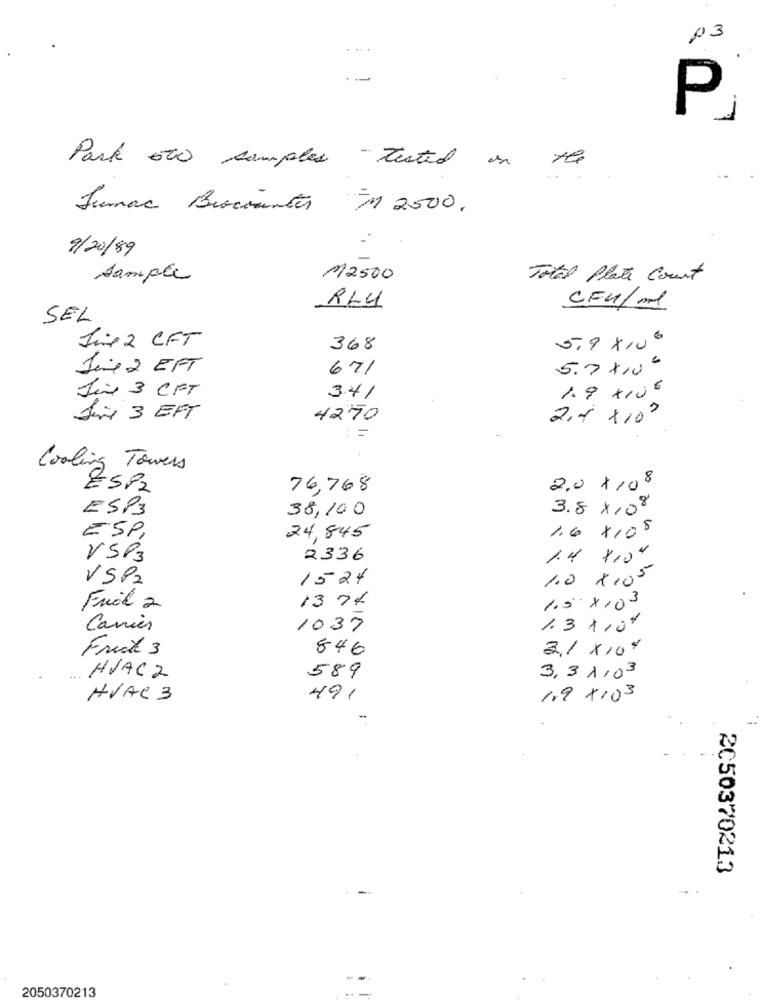
03
..
P
the
Park 500 samples tested on
Fumar Brockantes M 2500.
9/20/89
Sample
M2500
Total Plate Court
CFU/ml
RL4
SEL
Sin 2 CFT
368
5.9 ×106
June 2 EFT
671
5.7 x10 6
Sin 3 CFT
1.9 x10€
3.41
fire 3 EFT
4270
2,4 x100
nas
:=
Cooling Towers
ESP2
76,768
2.0 x 108
ESP3
38,100
3.8×108
1.6 x108
ESP,
24,845
VSP3
2336
1.4 x104
VSP2
1524
1.0 x105
1.5 x103
Frial a
13 74
Carrier
1037
1.3 1,04
Frick 3
846
3.1 x 104
HVAC 2
589
3, 3 1/03
HVAC 3
491
19 x103
2050370213
2050370213